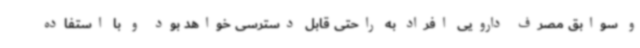
و سوابق مصرف دارویی افراد به راحتی قابل دسترسی خواهد بود و با استفاده